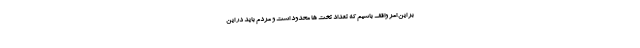
بر این امر واقف باشیم که تعداد تخت ها محدود است و مردم باید در این